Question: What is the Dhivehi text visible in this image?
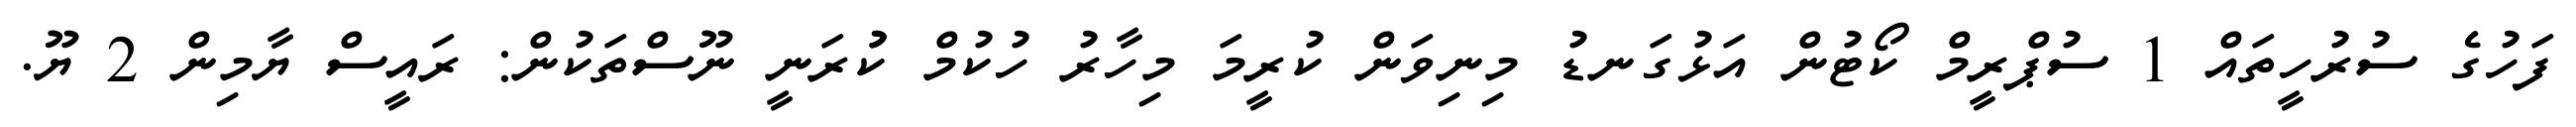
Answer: ފަހުގެ ސުރުހީތައް 1 ސުޕްރީމް ކޯޓުން އަޅުގަނޑު މިނިވަން ކުރީމަ މިހާރު ހުކުމް ކުުރަނީ ނޫސްތަކުން: ރައީސް ޔާމިން 2 ޔޫ.